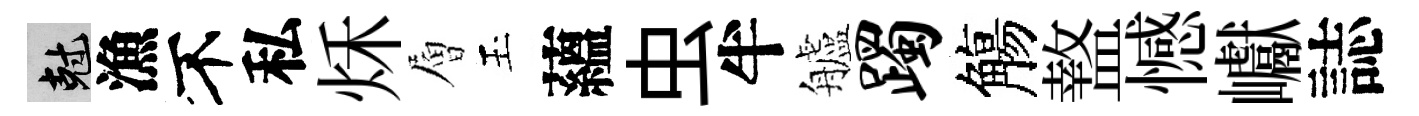
剋漁不私秌層玉蘊虫半艫躅觴盩憾巘誌